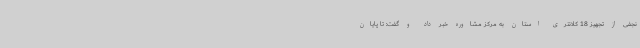
نجفی از تجهیز 18 کلانتری استان به مرکز مشاوره خبر داد و گفت: تا پایان